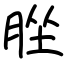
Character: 脞